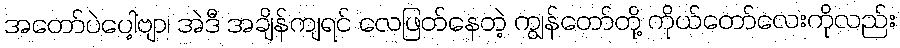
အတော်ပဲပေါ့ဗျာ၊ အဲဒီ အချိန်ကျရင် လေဖြတ်နေတဲ့ ကျွန်တော်တို့ ကိုယ်တော်လေးကိုလည်း